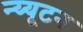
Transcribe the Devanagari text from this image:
न्य्यूटन